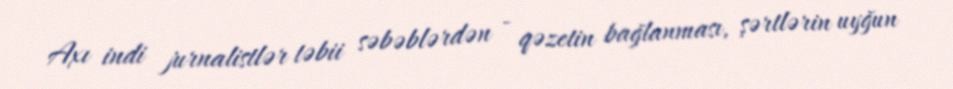
Axı indi jurnalistlər təbii səbəblərdən - qəzetin bağlanması, şərtlərin uyğun